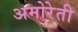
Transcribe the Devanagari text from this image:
अमोरेती